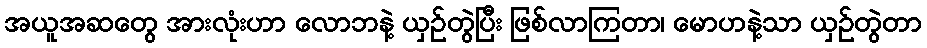
အယူအဆတွေ အားလုံးဟာ လောဘနဲ့ ယှဉ်တွဲပြီး ဖြစ်လာကြတာ၊ မောဟနဲ့သာ ယှဉ်တွဲတာ